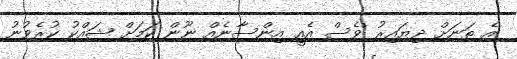
އެ ތަނަށް ދިޔައިރު ވެސް އެއީ އިންސާނެއް ނޫން ކަމަށް ޝައްކު ކުރެވުނު